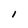
Character: 1